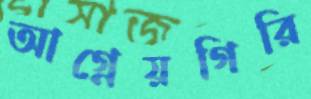
আগ্নেয়গিরি